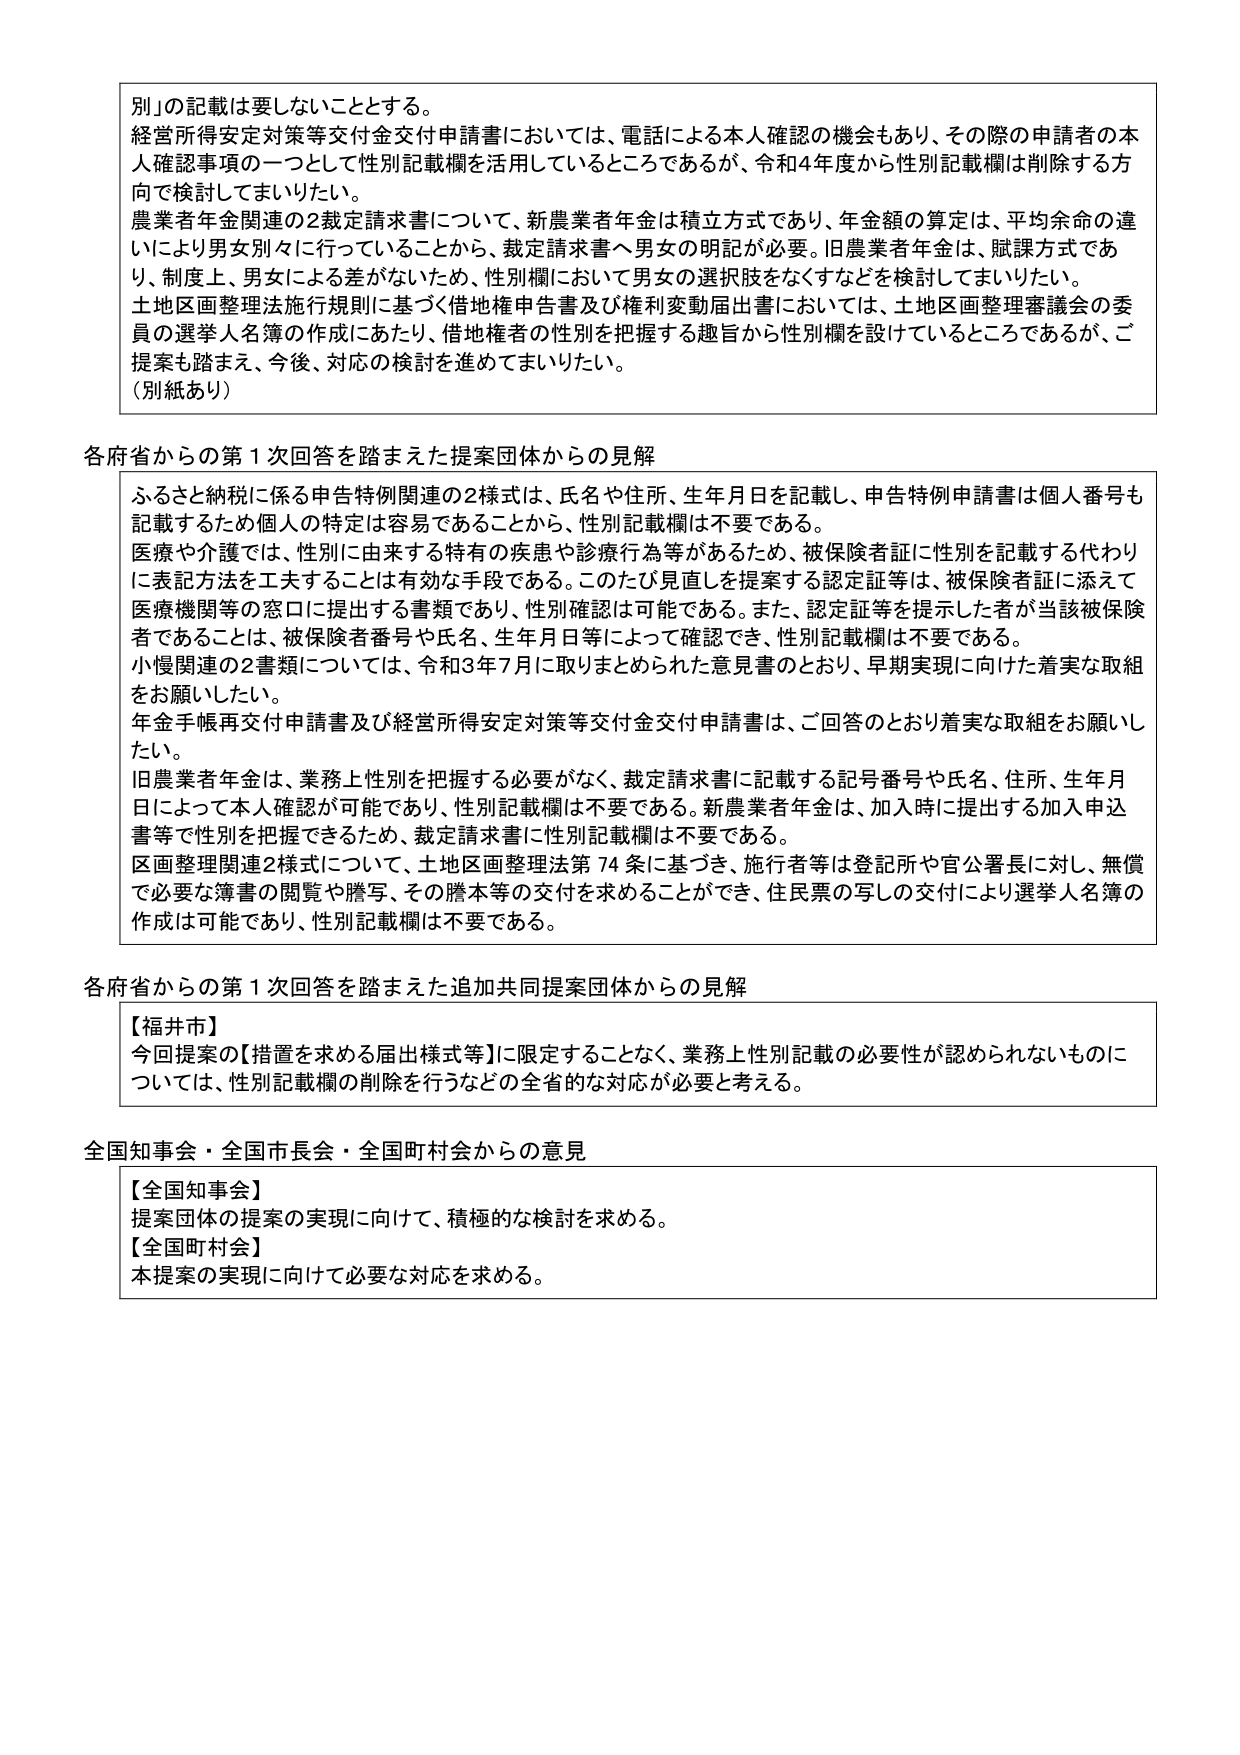
別」の記載は要しないこととする。
経営所得安定対策等交付金交付申請書においては、電話による本人確認の機会もあり、その際の申請者の本人確認事項の一つとして性別記載欄を活用しているところであるが、令和4年度から性別記載欄は削除する方向で検討してまいりたい。
農業者年金関連の2裁定請求書について、新農業者年金は積立方式であり、年金額の算定は、平均余命の違いにより男女別々に行っていることから、裁定請求書へ男女の明記が必要。旧農業者年金は、賦課方式であり、制度上、男女による差がないため、性別欄において男女の選択肢をなくすなどを検討してまいりたい。
土地区画整理法施行規則に基づく借地権申告書及び権利変動届出書においては、土地区画整理審議会の委員の選挙人名簿の作成にあたり、借地権者の性別を把握する趣旨から性別欄を設けているところであるが、ご提案も踏まえ、今後、対応の検討を進めてまいりたい。
（別紙あり）

各府省からの第1次回答を踏まえた提案団体からの見解
ふるさと納税に係る申告特例関連の2様式は、氏名や住所、生年月日を記載し、申告特例申請書は個人番号も記載するため個人の特定は容易であることから、性別記載欄は不要である。
医療や介護では、性別に由来する特有の疾患や診療行為等があるため、被保険者証に性別を記載する代わりに表記方法を工夫することは有効な手段である。このたび見直しを提案する認定証等は、被保険者証に添えて医療機関等の窓口に提出する書類であり、性別確認は可能である。また、認定証等を提示した者が当該被保険者であることに、被保険者番号や氏名、生年月日等によって確認でき、性別記載欄は不要である。
小慢関連の2書類については、令和3年7月に取りまとめられた意見書のとおり、早期実現に向けた着実な取組をお願いしたい。
年金手帳再交付申請書及び経営所得安定対策等交付金交付申請書は、ご回答のとおり着実な取組をお願いしたい。
旧農業者年金は、業務上性別を把握する必要がなく、裁定請求書に記載する記号番号や氏名、住所、生年月日によって本人確認が可能であり、性別記載欄は不要である。新農業者年金は、加入時に提出する加入申込書等で性別を把握できるため、裁定請求書に性別記載欄は不要である。
区画整理関連2様式について、土地区画整理法第74条に基づき、施行者等は登記所や官公署長に対し、無償で必要な簿書の閲覧や謄写、その謄本等の交付を求めることができ、住民票の写しの交付により選挙人名簿の作成は可能であり、性別記載欄は不要である。

各府省からの第1次回答を踏まえた追加共同提案団体からの見解
【福井市】
今回提案の【措置を求める届出様式等】に限定することなく、業務上性別記載の必要性が認められないものについては、性別記載欄の削除を行うなどの全省的な対応が必要と考える。

全国知事会・全国市長会・全国町村会からの意見
【全国知事会】
提案団体の提案の実現に向けて、積極的な検討を求める。
【全国町村会】
本提案の実現に向けて必要な対応を求める。